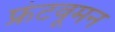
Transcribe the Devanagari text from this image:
फ्रंटवूमन